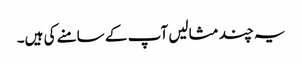
یہ چند مثالیں آپ کے سامنے کی ہیں۔